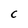
Character: C